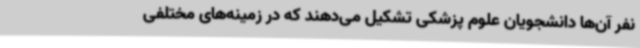
نفر آن‌ها دانشجویان علوم پزشکی تشکیل می‌دهند که در زمینه‌های مختلفی